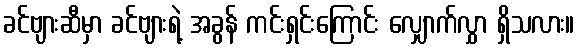
ခင်ဗျားဆီမှာ ခင်ဗျားရဲ့ အခွန် ကင်းရှင်းကြောင်း လျှောက်လွှာ ရှိသလား။